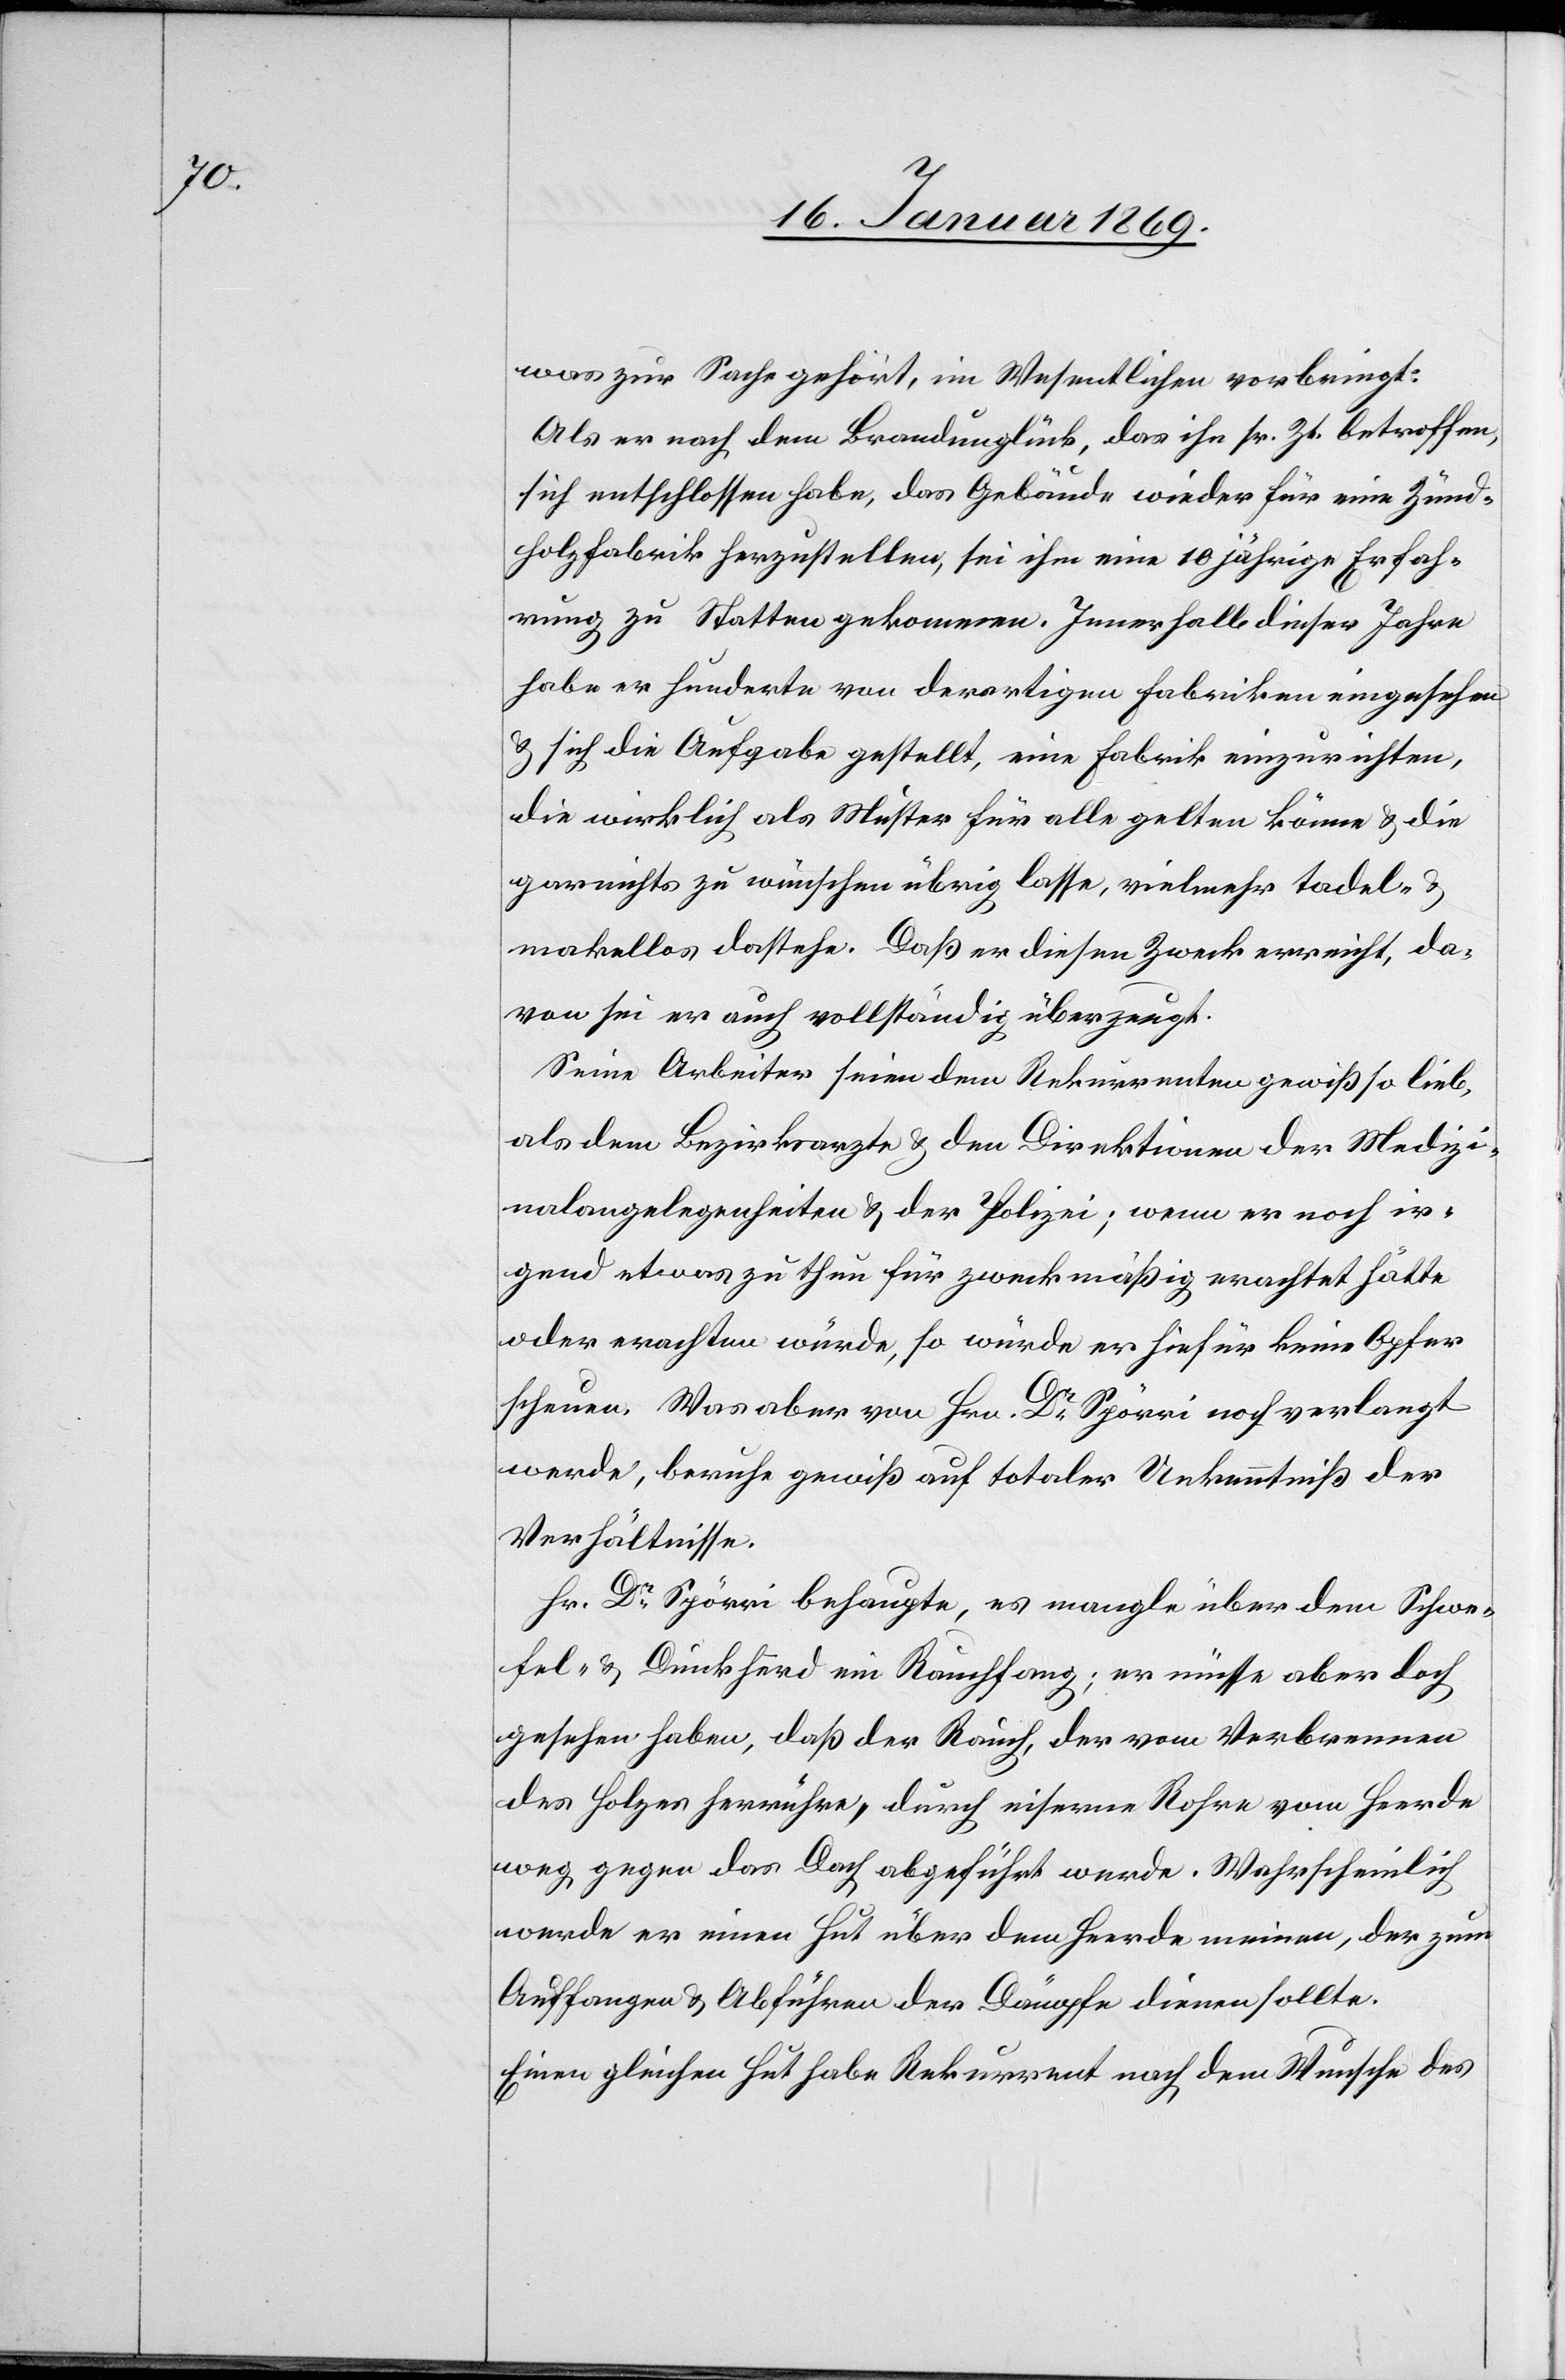
was zur Sache gehört, im Wesentlichen vorbringt:
Als er nach dem Brandunglück, das ihn sr. Zeit betroffen,
sich entschlossen habe, das Gebäude wieder für eine Zünd¬
holzfabrik herzustellen, sei ihm eine 10 jährige Erfah¬
rung zu Statten gekommen. Innerhalb dieser Jahre
habe er hunderte von derartigen Fabriken eingesehen
u. sich die Aufgabe gestellt, eine Fabrik einzurichten,
die wirklich als Muster für alle gelten könne u. die
gar nichts wünschen übrig lasse, vielmehr tadel-
makellos dastehe. Daß er diesen Zweck erreicht, da¬
von sei er auch vollständig überzeugt.
Seine Arbeiter seien dem Rekurrenten gewiß so lieb,
als dem Bezirksarzte u. den Direktionen der Medizi¬
nalangelegenheiten u. der Polizei; Wenn er noch ir¬
gend etwas zu thun für zweckmäßig erachtet hätte
oder erachten würde, so würde er hiefür keine Opfer
scheuen. Was aber von Hrn. Spörri noch verlangt
werde, beruhe gewiß auf totaler Unkenntniß der
Verhältnisse.
Hr. Dr Spörri behaupte, es mangle über dem Schwe¬
fel- u. Dunkheerd ein Rauchfang; er müsse aber doch
gesehen haben, daß der Rauch, der vom Verbrennen
des Holzes herrühre, durch eiserne Rohre vom Heerde
weg, gegen das Dach abgeführt werde. Wahrscheinlich
werde er einen Hut über dem Heerde meinen, der zum
Auffangen u. Abführen der Dämpfe dienen sollte.
Einen gleichen Hut habe Rekurrent nach dem Wunsche des